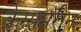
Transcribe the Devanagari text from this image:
क्रेग्समरीन